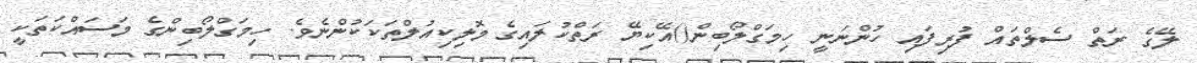
ލޭގެ ރަތް ސެލްތައް ފުރިފައި ހުންނަނީ ހިމަގްލޯބިން()އޭކިޔޭ ރަތްކުލައިގެ މޮލިކިއުލްތަކަކުންނެވެ. ހިމަގްލޯބިންގެ މަސައްކަތަކީ